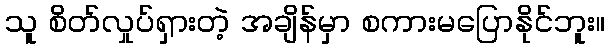
သူ စိတ်လှုပ်ရှားတဲ့ အချိန်မှာ စကားမပြောနိုင်ဘူး။